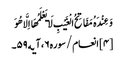
وَعِنْدَهُ مَفَاتِحُ الْغَیْبِ لَا یَعْلَمُهَا اِلَّا هُوَ ‌
[۴] انعام/سوره۶، آیه۵۹۔